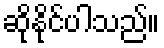
ဆိုနိုင်ပါသည်။